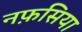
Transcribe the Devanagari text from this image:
नफ़सिया